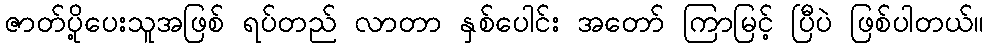
ဇာတ်ပို့ပေးသူအဖြစ် ရပ်တည် လာတာ နှစ်ပေါင်း အတော် ကြာမြင့် ပြီပဲ ဖြစ်ပါတယ်။